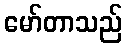
မော်တာသည်